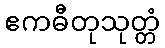
ဧကဓီတုသုတ္တံ